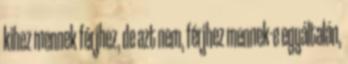
kihez mennek férjhez, de azt nem, férjhez mennek-e egyáltalán,